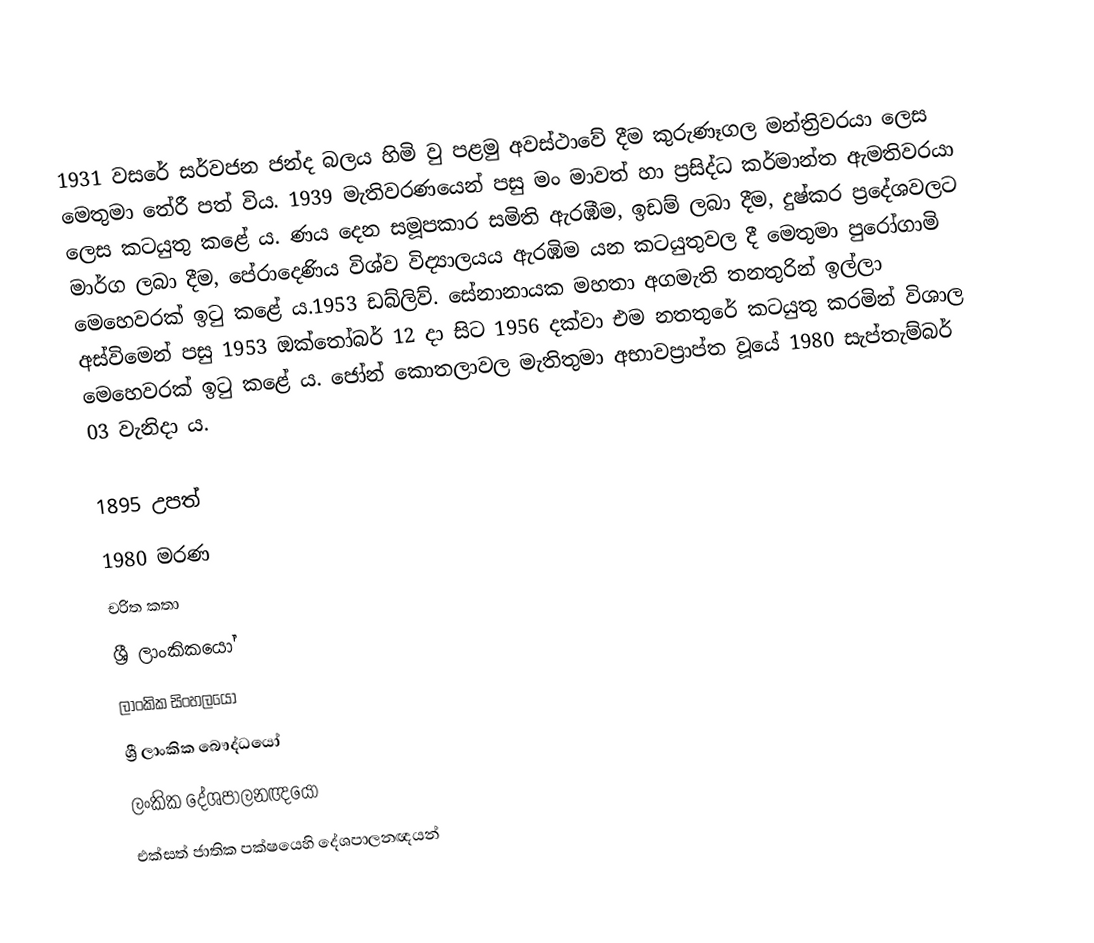
1931 වසරේ සර්වජන ජන්ද බලය හිමි වු පළමු අවස්ථාවේ දීම කුරුණෑගල මන්ත්‍රිවරයා ලෙස මෙතුමා තේරී පත් විය. 1939 මැතිවරණයෙන් පසු මං මාවත් හා ප්‍රසිද්ධ කර්මාන්ත ඇමතිවරයා ලෙස කටයුතු කළේ ය. ණය දෙන සමූපකාර සමිති ඇරඹීම, ඉඩම් ලබා දීම, දුෂ්කර ප්‍රදේශවලට මාර්ග ලබා දීම, පේරාදෙණිය විශ්ව විද්‍යාලයය ඇරඹිම යන කටයුතුවල දී මෙතුමා පුරෝගාමි මෙහෙවරක් ඉටු කළේ ය.1953 ඩබ්ලිව්. සේනානායක මහතා අගමැති තනතුරින් ඉල්ලා අස්විමෙන් පසු 1953 ඔක්තෝබර් 12 දා සිට 1956 දක්වා එම නතතුරේ කටයුතු කරමින් විශාල මෙහෙවරක් ඉටු කළේ ය. ජෝන් කොතලාවල මැතිතුමා අභාවප්‍රාප්ත  වූයේ 1980 සැප්තැම්බර් 03 වැනිදා ය.

1895 උපත්
1980 මරණ
චරිත කතා
ශ්‍රී ලාංකිකයෝ
ලාංකික සිංහලයෝ
ශ්‍රී ලාංකික බෞද්ධයෝ
ලංකික දේශපාලනඥයෝ
එක්සත් ජාතික පක්ෂයෙහි දේශපාලනඥයන්